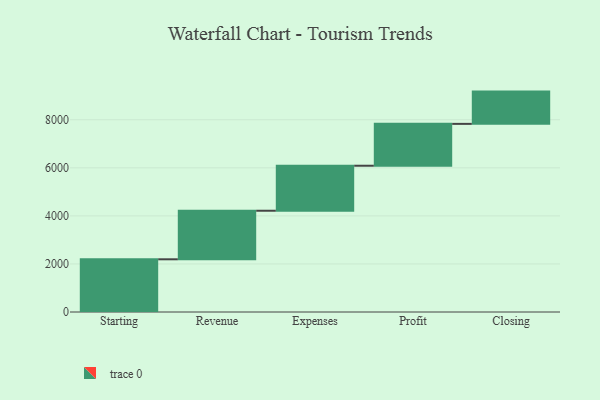
{"axis": {"x": "Step", "y": "Value"}, "legend": [""], "data": [{"x": "Starting", "y": 2193.0, "type": ""}, {"x": "Revenue", "y": 2021.0, "type": ""}, {"x": "Expenses", "y": 1873.0, "type": ""}, {"x": "Profit", "y": 1742.0, "type": ""}, {"x": "Closing", "y": 1343.0, "type": ""}]}